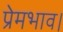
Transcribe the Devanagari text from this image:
प्रेमभाव।